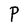
Character: P